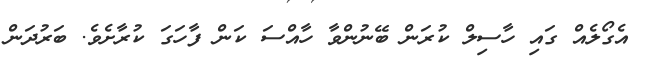
އެގޯލެއް ގައި ހާސިލް ކުރަން ބޭނުންވާ ހާއްސަ ކަން ފާހަގަ ކުރާށެވެ. ބަރުދަން